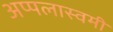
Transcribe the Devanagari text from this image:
अप्पलास्वमी